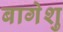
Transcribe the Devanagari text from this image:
बागेशु